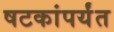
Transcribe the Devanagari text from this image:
षटकांपर्यंत